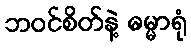
ဘဝင်စိတ်နဲ့ ဓမ္မာရုံ